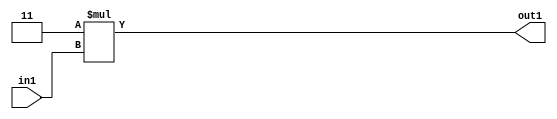
`timescale 1ps / 1ps
/*****************************************************************************
    Verilog RTL Description
    
    
    Created by: Stratus DpOpt 2019.1.01 
*******************************************************************************/

module SobelFilter_Mul2i3u2_4 (
	in1,
	out1
	); /* architecture "behavioural" */ 
input [1:0] in1;
output [3:0] out1;
wire [3:0] asc001;

assign asc001 = 
	+(4'B0011 * in1);

assign out1 = asc001;
endmodule

/* CADENCE  urb3Sws= : u9/ySgnWtBlWxVPRXgAZ4Og= ** DO NOT EDIT THIS LINE ******/